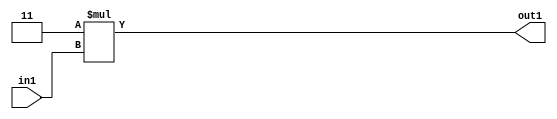
`timescale 1ps / 1ps
/*****************************************************************************
    Verilog RTL Description
    
    
    Created by: Stratus DpOpt 2019.1.01 
*******************************************************************************/

module SobelFilter_Mul2i3u2_4 (
	in1,
	out1
	); /* architecture "behavioural" */ 
input [1:0] in1;
output [3:0] out1;
wire [3:0] asc001;

assign asc001 = 
	+(4'B0011 * in1);

assign out1 = asc001;
endmodule

/* CADENCE  urb3Sws= : u9/ySgnWtBlWxVPRXgAZ4Og= ** DO NOT EDIT THIS LINE ******/